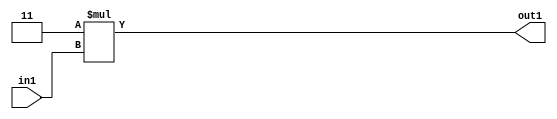
`timescale 1ps / 1ps
/*****************************************************************************
    Verilog RTL Description
    
    
    Created by: Stratus DpOpt 2019.1.01 
*******************************************************************************/

module SobelFilter_Mul2i3u2_4 (
	in1,
	out1
	); /* architecture "behavioural" */ 
input [1:0] in1;
output [3:0] out1;
wire [3:0] asc001;

assign asc001 = 
	+(4'B0011 * in1);

assign out1 = asc001;
endmodule

/* CADENCE  urb3Sws= : u9/ySgnWtBlWxVPRXgAZ4Og= ** DO NOT EDIT THIS LINE ******/